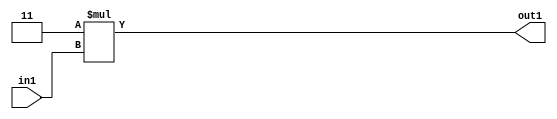
`timescale 1ps / 1ps
/*****************************************************************************
    Verilog RTL Description
    
    
    Created by: Stratus DpOpt 2019.1.01 
*******************************************************************************/

module SobelFilter_Mul2i3u2_4 (
	in1,
	out1
	); /* architecture "behavioural" */ 
input [1:0] in1;
output [3:0] out1;
wire [3:0] asc001;

assign asc001 = 
	+(4'B0011 * in1);

assign out1 = asc001;
endmodule

/* CADENCE  urb3Sws= : u9/ySgnWtBlWxVPRXgAZ4Og= ** DO NOT EDIT THIS LINE ******/